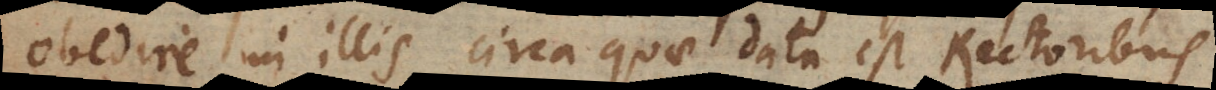
obedire in illis circa quae data est Rectoribus